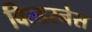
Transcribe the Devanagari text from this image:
विल्डरनेस